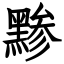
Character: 黪